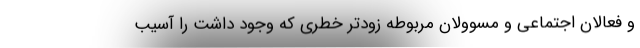
و فعالان اجتماعی و مسوولان مربوطه زودتر خطری که وجود داشت را آسیب